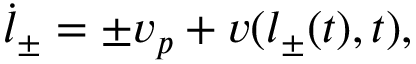
\dot { l } _ { \pm } = \pm v _ { p } + v ( l _ { \pm } ( t ) , t ) ,